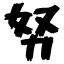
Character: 努